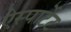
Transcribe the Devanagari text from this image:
ऐस्पार्टेट